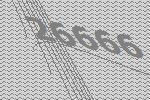
26666